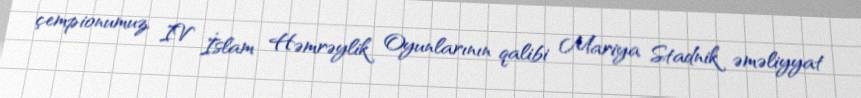
çempionumuz, IV İslam Həmrəylik Oyunlarının qalibi Mariya Stadnik əməliyyat